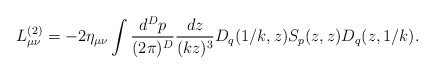
\begin{align*} L^{(2)}_{\mu\nu}= -2\eta_{\mu\nu}\int {d^D p\over (2\pi)^D} {dz\over (kz)^3} D_q(1/k,z) S_p(z,z) D_q(z,1/k).\end{align*}